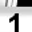
Digit: 1